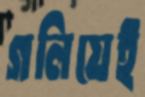
গলিয়েই